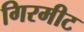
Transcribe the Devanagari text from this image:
गिरमीट